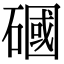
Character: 𥕏